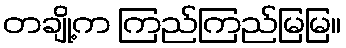
တချို့က ကြည်ကြည်မြမြ။